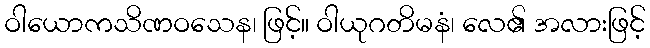
ဝါယောကသိဏဝသေန၊ ဖြင့်။ ဝါယုဂတိမနံ၊ လေ၏ အလားဖြင့်